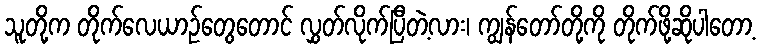
သူတို့က တိုက်လေယာဉ်တွေတောင် လွှတ်လိုက်ပြီတဲ့လား၊ ကျွန်တော်တို့ကို တိုက်ဖို့ဆိုပါတော့